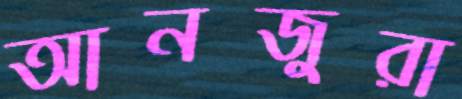
আনজুরা